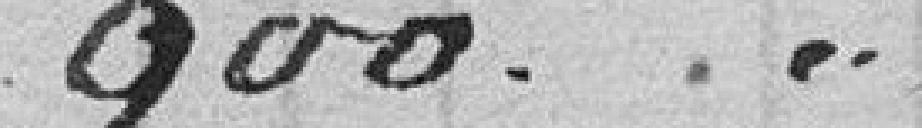
900.